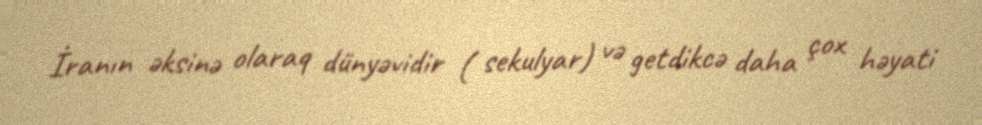
İranın əksinə olaraq dünyəvidir ( sekulyar) və getdikcə daha çox həyati